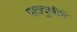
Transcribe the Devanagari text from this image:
पाठदुखीचे